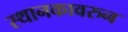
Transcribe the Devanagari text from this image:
स्थानकावरुन